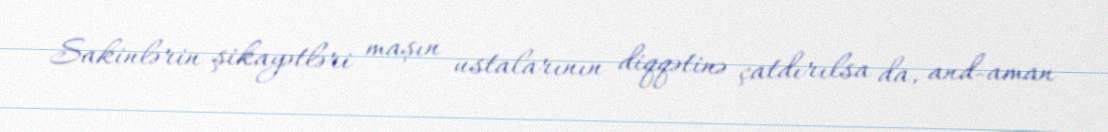
Sakinlərin şikayətləri maşın ustalarının diqqətinə çatdırılsa da, and-aman